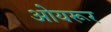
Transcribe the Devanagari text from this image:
ओयरूर